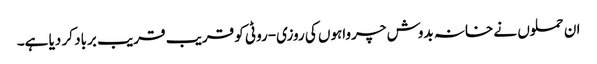
ان حملوں نے خانہ بدوش چرواہوں کی روزی-روٹی کو قریب قریب برباد کر دیا ہے۔